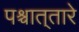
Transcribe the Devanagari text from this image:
पश्र्चात्‌तारे